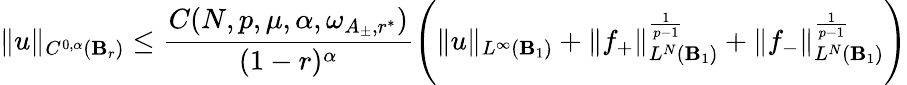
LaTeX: \| u\| _{C^{0,\alpha}(\mathbf{B}_{r})}\le\frac{{C(N,p,\mu,\alpha,\omega_{A_{\pm},r^{*}})}}{{(1-r)^{\alpha}}}\Bigg(\| u\| _{L^{\infty}(\mathbf{B}_{1})}+\| f_{+}\| _{L^{N}(\mathbf{B}_{1})}^{\frac{{1}}{{p-1}}}+\| f_{-}\| _{L^{N}(\mathbf{B}_{1})}^{\frac{{1}}{{p-1}}}\Bigg)